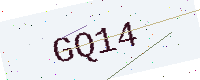
Text: GQ14